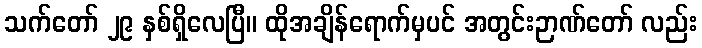
သက်တော် ၂၉ နှစ်ရှိလေပြီ။ ထိုအချိန်ရောက်မှပင် အတွင်းဉာဏ်တော် လည်း